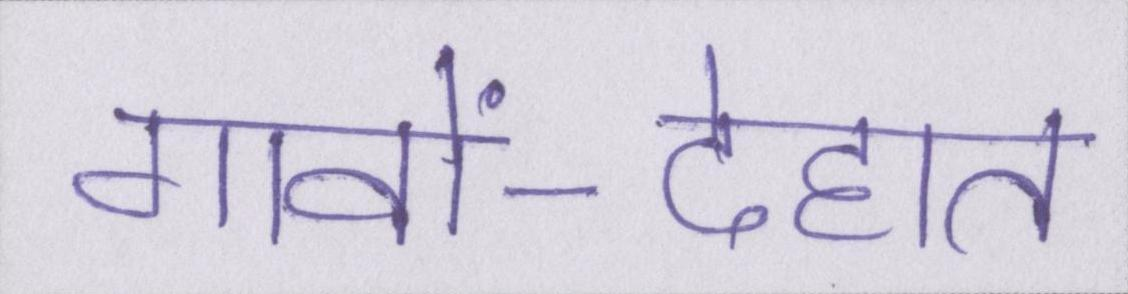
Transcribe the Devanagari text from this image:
गावों-देहात